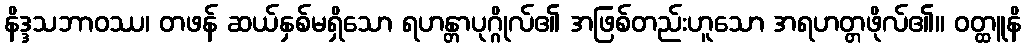
နိဒ္ဒသဘာဝဿ၊ တဖန် ဆယ်နှစ်မရှိသော ရဟန္တာပုဂ္ဂိုလ်၏ အဖြစ်တည်းဟူသော အရဟတ္တဖိုလ်၏။ ဝတ္ထူနိ